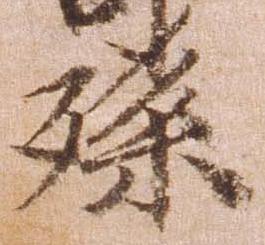
孫